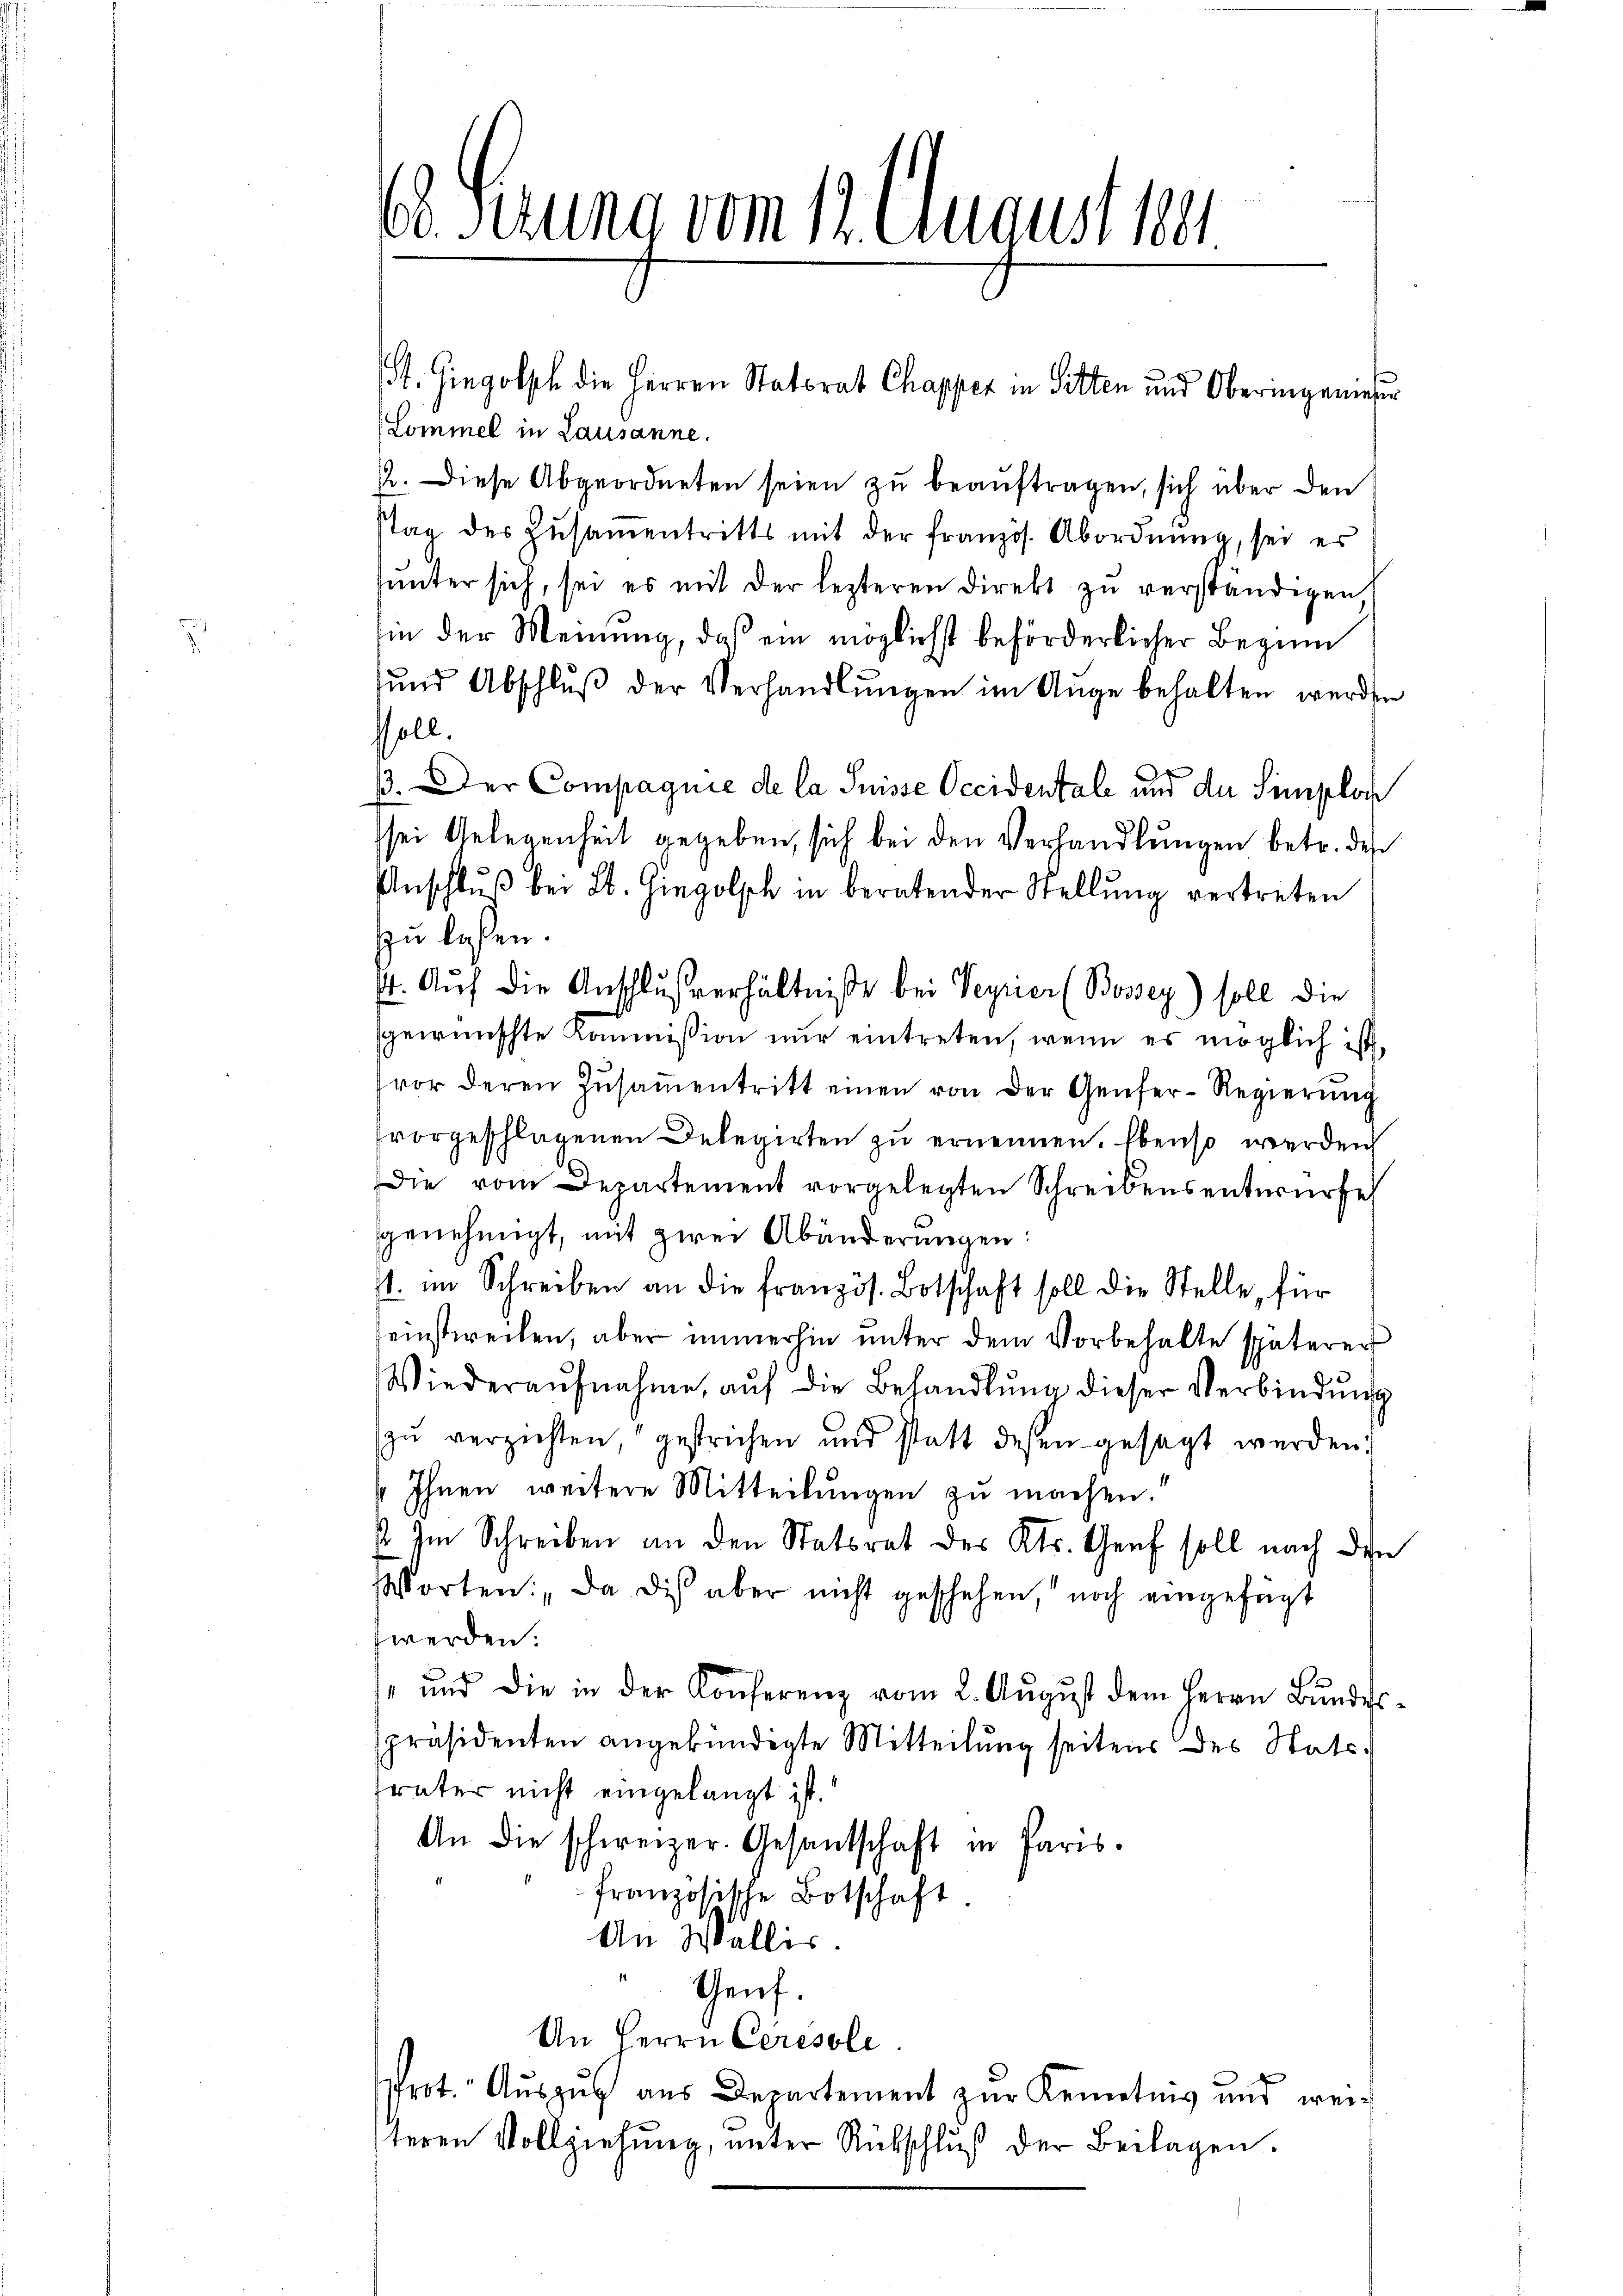
Serung vom 12. August ver

Lommel in Lausanne.
2. Diese Abgeordneten seien zu beaŭftragen, sich über den
stag des Zusamentritts mit der französ. Abordnung, sei es
ŭnter sich, sei es mit der lezteren Direkt zŭ verständigen
hin der Meinung, daß ein möglichst beförderlicher Beginn
sund Abschlŭβ der Verhandlungen im Auge behalten werden
fsoll.
33. Der Compagnie de la Suisse Occidentale und der Simplon
sei Gelegenheit gegeben, sich bei den Verhandlungen betr. des
Anschlŭβ bei St. Gingolsch in beratender Stellŭng vertreten
zu laßen.
44. Auf die Anschlußverhältniße bei Teyrier (Bossey) soll die
sgewünschte Kommission nur eintreten, wenn es möglich ist,
vor deren Zŭsaṁentritt einen von der Genfer-Regierŭng
fvorgeschlagenen Delegirten zu ernennen. Ebenso werden
die vom Departement vorgelegten Schreibensentwurfe
genehmigt, mit zwei Abänderungen:
s. im Schreiben an die französ. Botschaft soll die Stelle, für
einstweilen, aber immerhin unter dem Vorbehalte späterer
Wiederaŭfnahme aŭf die Behandlŭng dieser Verbindŭng
zŭ verzichten gestrichen und statt desen gesagt werden.
 Ihnen weitere Mitteilungen zu machen.“
 Im Schreiben an den Statsrat des Kts. Genf soll nach den
Worten: Da dis aber nicht geschehen, noch eingefügt
werden.
 ŭnd die in der Konferenz vom 2. Aŭgŭst dem Herrn Bŭndespräsidenten angekündigte Mitteilung seitens des Statssvater nicht eingelangt ist.
An die schweizer. Gesantschaft in Paris.
französische Botschaft
An Wallis.
Genf.
An Herrn Ceresole.
Prot. Aŭszŭg aŭs Departement zŭr Kenntnis und weiteren Vollziehŭng ŭnter Rückschlŭβ der Beilagen.

St. Gingolph die Herren Statorat Chapper in Sitten und Oberingenier